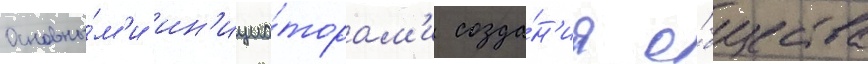
Основны́м'и ин'ициа́торам'и созда́н'иа о́бщества